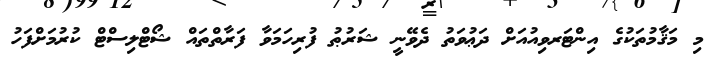
މި މަޤާމުތަކުގެ އިންޓަރވިއުއަށް ދަޢުވަތު ދެވޭނީ ޝަރުޠު ފުރިހަމަވާ ފަރާތްތައް ޝޯޓްލިސްޓް ކުރުމަށްފަހު